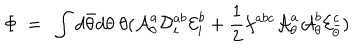
\Phi \ = \ \int d \bar { \theta } d \theta \ \theta ( { \cal A } _ { \theta } ^ { a } { \cal D } _ { i } ^ { a b } { \cal E } _ { i } ^ { b } + \frac { 1 } { 2 } f ^ { a b c } { \cal A } _ { \theta } ^ { a } { \cal A } _ { \theta } ^ { b } { \cal E } _ { \bar { \theta } } ^ { c } )